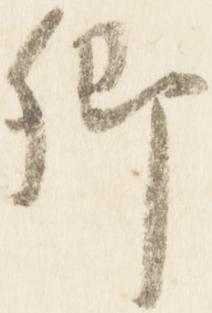
卿